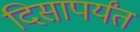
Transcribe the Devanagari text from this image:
दिसापर्यंत